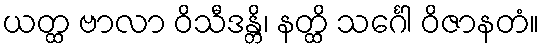
ယတ္ထ ဗာလာ ဝိသီဒန္တိ၊ နတ္ထိ သင်္ဂေါ ဝိဇာနတံ။